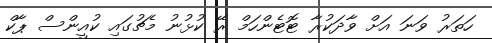
ހަތަރު ވަނަ އަށް ވާދަކުރާ ޓޮޓެންހަމް ރޭ ކުޅުނު މެޗުގައި ކުއީންސް ޕާކް